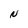
Character: N